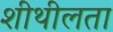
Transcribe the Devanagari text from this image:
शीथीलता